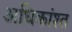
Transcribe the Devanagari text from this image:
अधिकांश्त